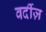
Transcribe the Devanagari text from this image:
वर्दीज़